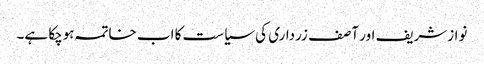
نوازشریف اور آصف زرداری کی سیاست کا اب خاتمہ ہوچکا ہے۔